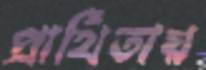
প্রার্থিতায়